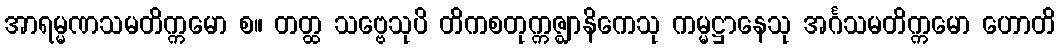
အာရမ္မဏသမတိက္ကမော စ။ တတ္ထ သဗ္ဗေသုပိ တိကစတုက္ကဇ္ဈာနိကေသု ကမ္မဋ္ဌာနေသု အင်္ဂသမတိက္ကမော ဟောတိ